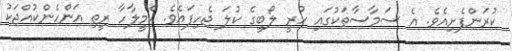
ކުރަންފެށިއެވެ. އެ ސަމާސާތަކުގައި ހުރީ ލޯބީގެ ކުލަ ޖެހިފައެވެ. ކެމީލާހާ ރީތި އަންހެންކުއްޖަކު